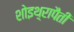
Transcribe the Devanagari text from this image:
शोइथ़्रापैती